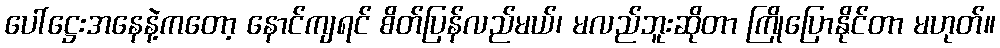
ပေါ်ဋ္ဌေးအနေနဲ့ကတော့ နောင်ကျရင် စိတ်ပြန်လည်မယ်၊ မလည်ဘူးဆိုတာ ကြိုပြောနိုင်တာ မဟုတ်။